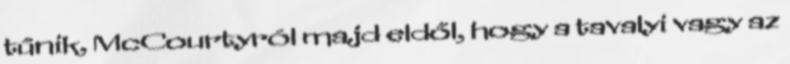
tűnik, McCourtyról majd eldől, hogy a tavalyi vagy az